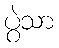
ပွဲသာ